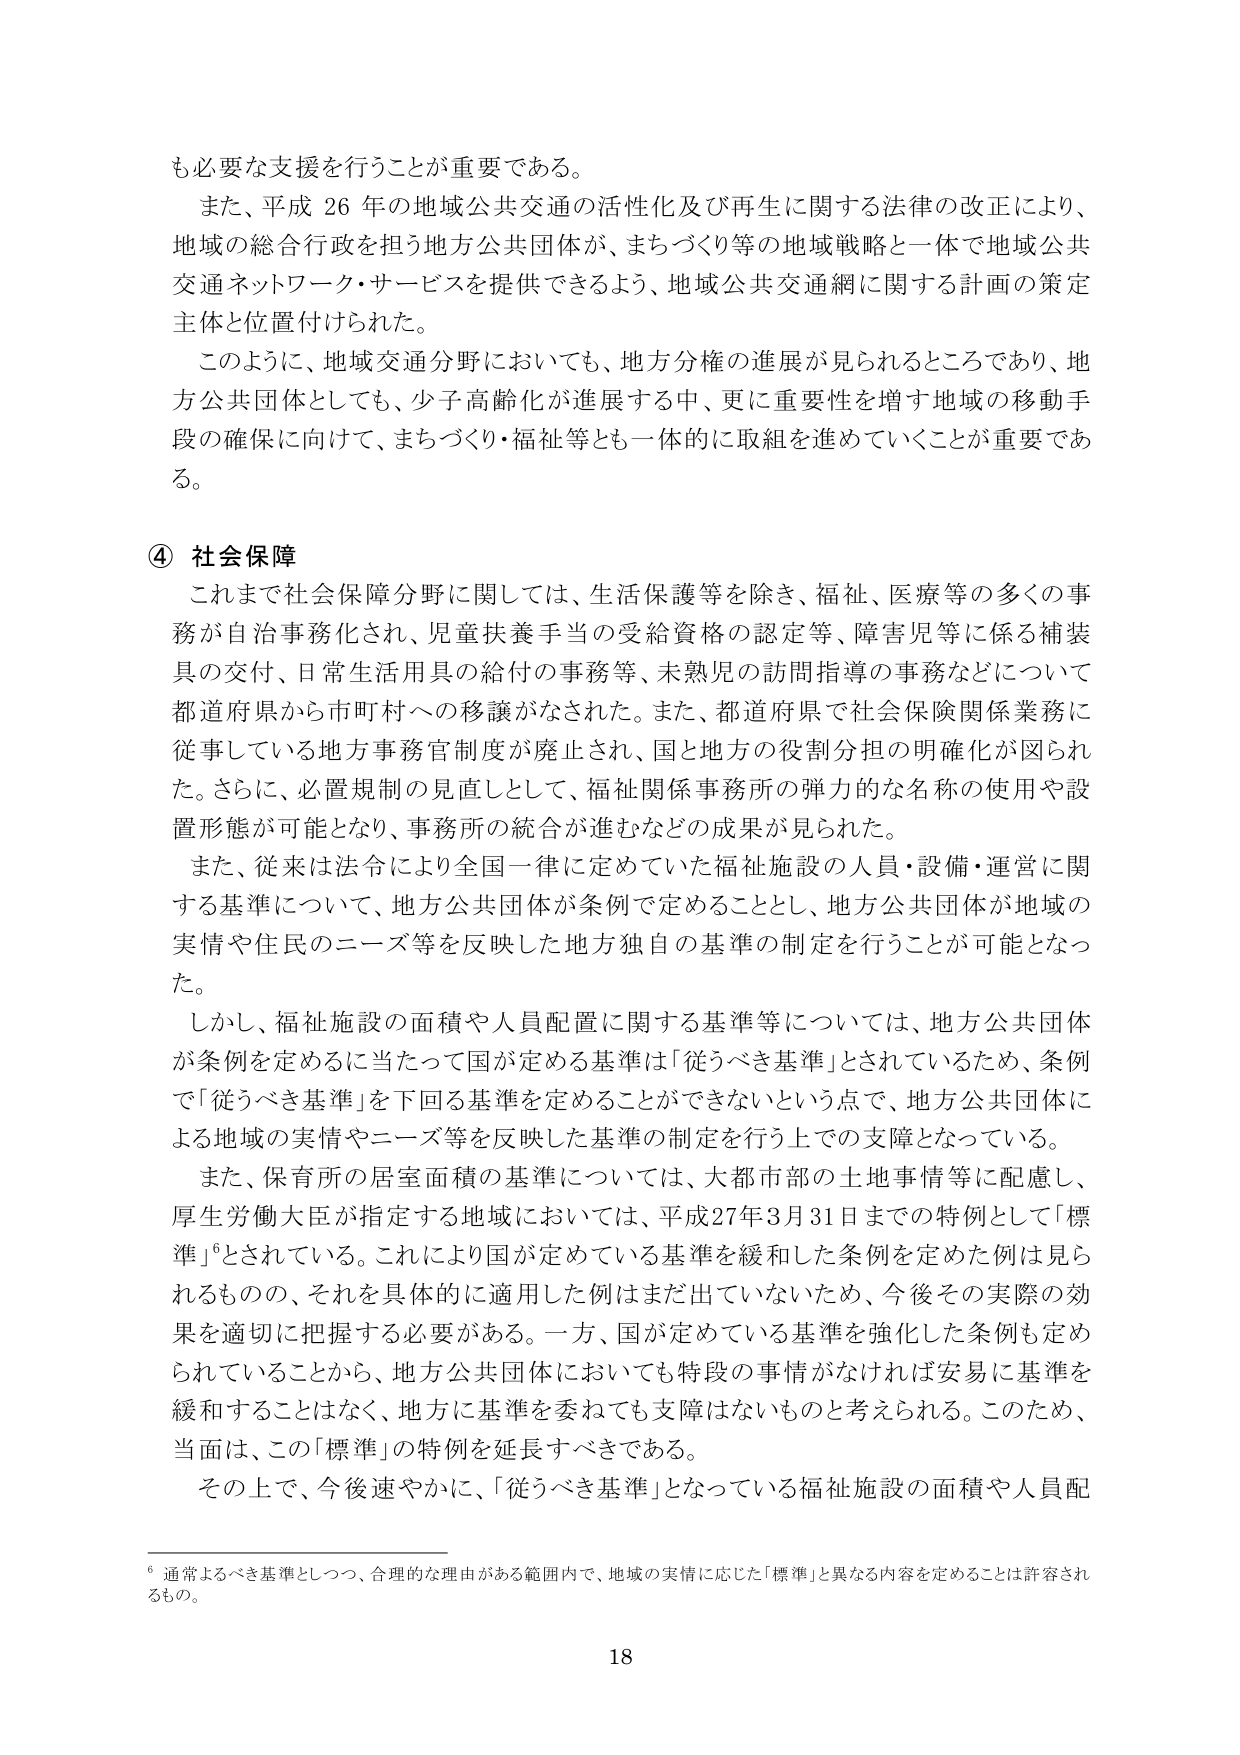
も必要な支援を行うことが重要である。

また、平成26年の地域公共交通の活性化及び再生に関する法律の改正により、
地域の総合行政を担う地方公共団体が、まちづくり等の地域戦略と一体で地域公共
交通ネットワーク・サービスを提供できるよう、地域公共交通網に関する計画の策定
主体と位置付けられた。

このように、地域交通分野においても、地方分権の進展が見られるところであり、地
方公共団体としても、少子高齢化が進展する中、更に重要性を増す地域の移動手
段の確保に向けて、まちづくり・福祉等とも一体的に取組を進めていくことが重要であ
る。

④ 社会保障

これまで社会保障分野に関しては、生活保護等を除き、福祉、医療等の多くの事
務が自治事務化され、児童扶養手当の受給資格の認定等、障害児等に係る補装
具の交付、日常生活用具の給付の事務等、未熟児の訪問指導の事務などについて
都道府県から市町村への移譲がなされた。また、都道府県で社会保険関係業務に
従事している地方事務官制度が廃止され、国と地方の役割分担の明確化が図られ
た。さらに、必置規制の見直しとして、福祉関係事務所の弾力的な名称の使用や設
置形態が可能となり、事務所の統合が進むなどの成果が見られた。

また、従来は法令により全国一律に定めていた福祉施設の人員・設備・運営に関
する基準について、地方公共団体が条例で定めることとし、地方公共団体が地域の
実情や住民のニーズ等を反映した地方独自の基準の制定を行うことが可能となっ
た。

しかし、福祉施設の面積や人員配置に関する基準等については、地方公共団体
が条例を定めるに当たって国が定める基準は「従うべき基準」とされているため、条例
で「従うべき基準」を下回る基準を定めることができないという点で、地方公共団体に
よる地域の実情やニーズ等を反映した基準の制定を行う上での支障となっている。

また、保育所の居室面積の基準については、大都市部の土地事情等に配慮し、
厚生労働大臣が指定する地域においては、平成27年3月31日までの特例として「標
準」⁶とされている。これにより国が定めている基準を緩和した条例を定めた例は見ら
れるものの、それを具体的に適用した例はまだ出ていないため、今後その実際の効
果を適切に把握する必要がある。一方、国が定めている基準を強化した条例も定め
られていることから、地方公共団体においても特段の事情がなければ安易に基準を
緩和することはなく、地方に基準を委ねても支障はないものと考えられる。このため、
当面は、この「標準」の特例を延長すべきである。

その上で、今後速やかに、「従うべき基準」となっている福祉施設の面積や人員配

⁶ 通常よるべき基準としつつ、合理的な理由がある範囲内で、地域の実情に応じた「標準」と異なる内容を定めることは許容され
るもの。

18